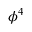
\phi ^ { 4 }